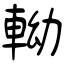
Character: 軪